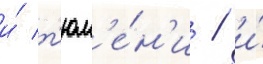
и́ т'юм'е́н'и / и́